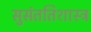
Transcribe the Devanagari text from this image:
सुसंततिशास्त्र